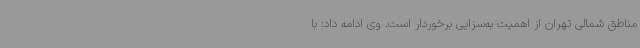
مناطق شمالی تهران از اهمیت به‌سزایی برخوردار است. وی ادامه داد: با